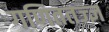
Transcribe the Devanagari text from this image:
गणिततज्ज्ञ